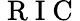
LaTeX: \mathrm{~R~I~C~}